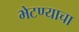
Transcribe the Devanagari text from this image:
भेटण्याचा